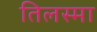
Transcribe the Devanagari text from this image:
तिलस्मा